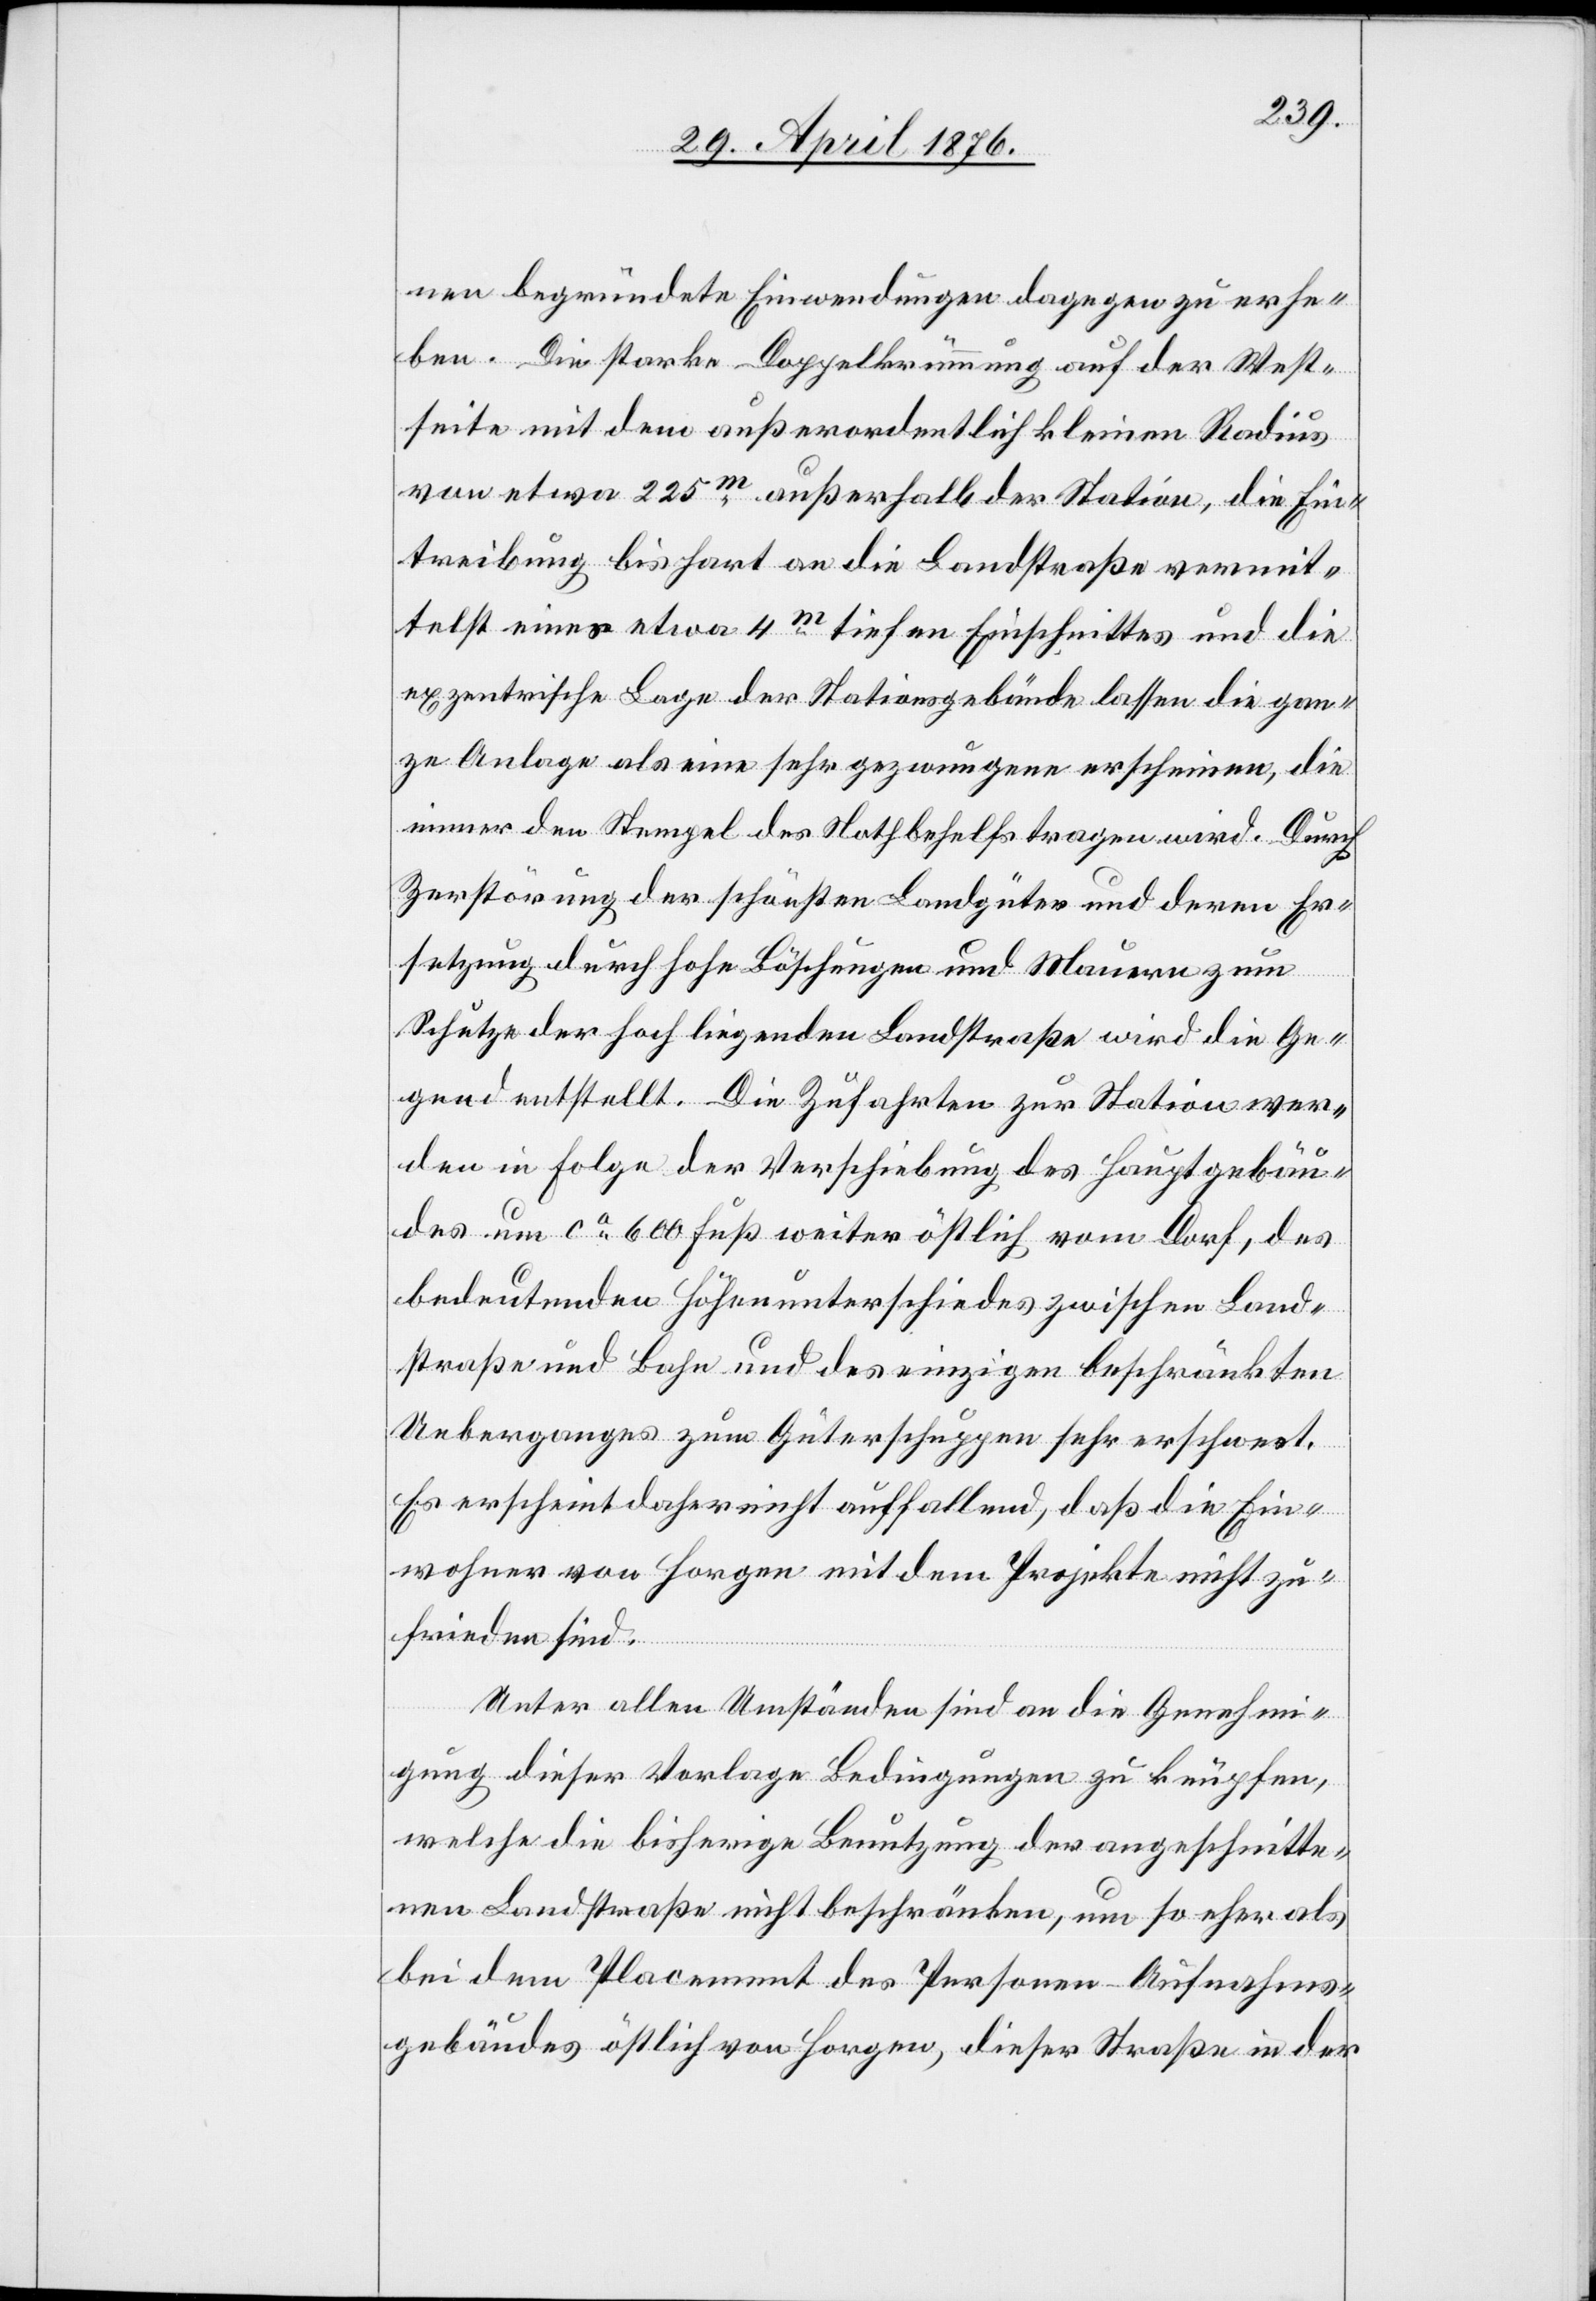
nen begründete Einwendungen dagegen zu erhe¬
ben. Die starke Doppelkrümmung auf der West¬
seite mit dem außerordentlich kleinen Radius
von etwa 225m außerhalb der Station, die Ein¬
treibung bis hart an die Landstraße vermit¬
telst eines etwa 4m tiefen Einschnittes und die
exzentrische Lage der Stationsgebäude lassen die gan¬
ze Anlage als eine sehr gezwungene erscheinen, die
immer den Stempel des Nothbehelfs tragen wird. Durch
Zerstörung der schönsten Landgüter und deren Er¬
setzung durch hohe Böschungen und Mauern zum
Schutze der hochliegenden Landstraße wird die Ge¬
gend entstellt. Die Zufahrten zur Station wer¬
den in Folge der Verschiebung des Hauptgebäu¬
des um ca 600 Fuß weiter östlich vom Dorf, des
bedeutenden Höhenunterschiedes zwischen Land¬
straße und Bahn und des einzigen beschränkten
Ueberganges zum Güterschuppen sehr erschwert.
Es erscheint daher nicht auffallend, daß die Ein¬
wohner von Horgen mit dem Projekte nicht zu¬
frieden sind.
Unter allen Umständen sind an die Genehmi¬
gung dieser Vorlage Bedingungen zu knüpfen,
welche die bisherige Benutzung der angeschnitte¬
nen Landstraße nicht beschränken, um so eher als
bei dem Placement des Personen-Aufnahms¬
gebäudes östlich von Horgen, dieser Straße in der